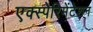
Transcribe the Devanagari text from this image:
एक्स्पेरिमेंटेशन